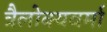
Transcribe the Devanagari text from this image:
त्रैलोक्यवर्मा